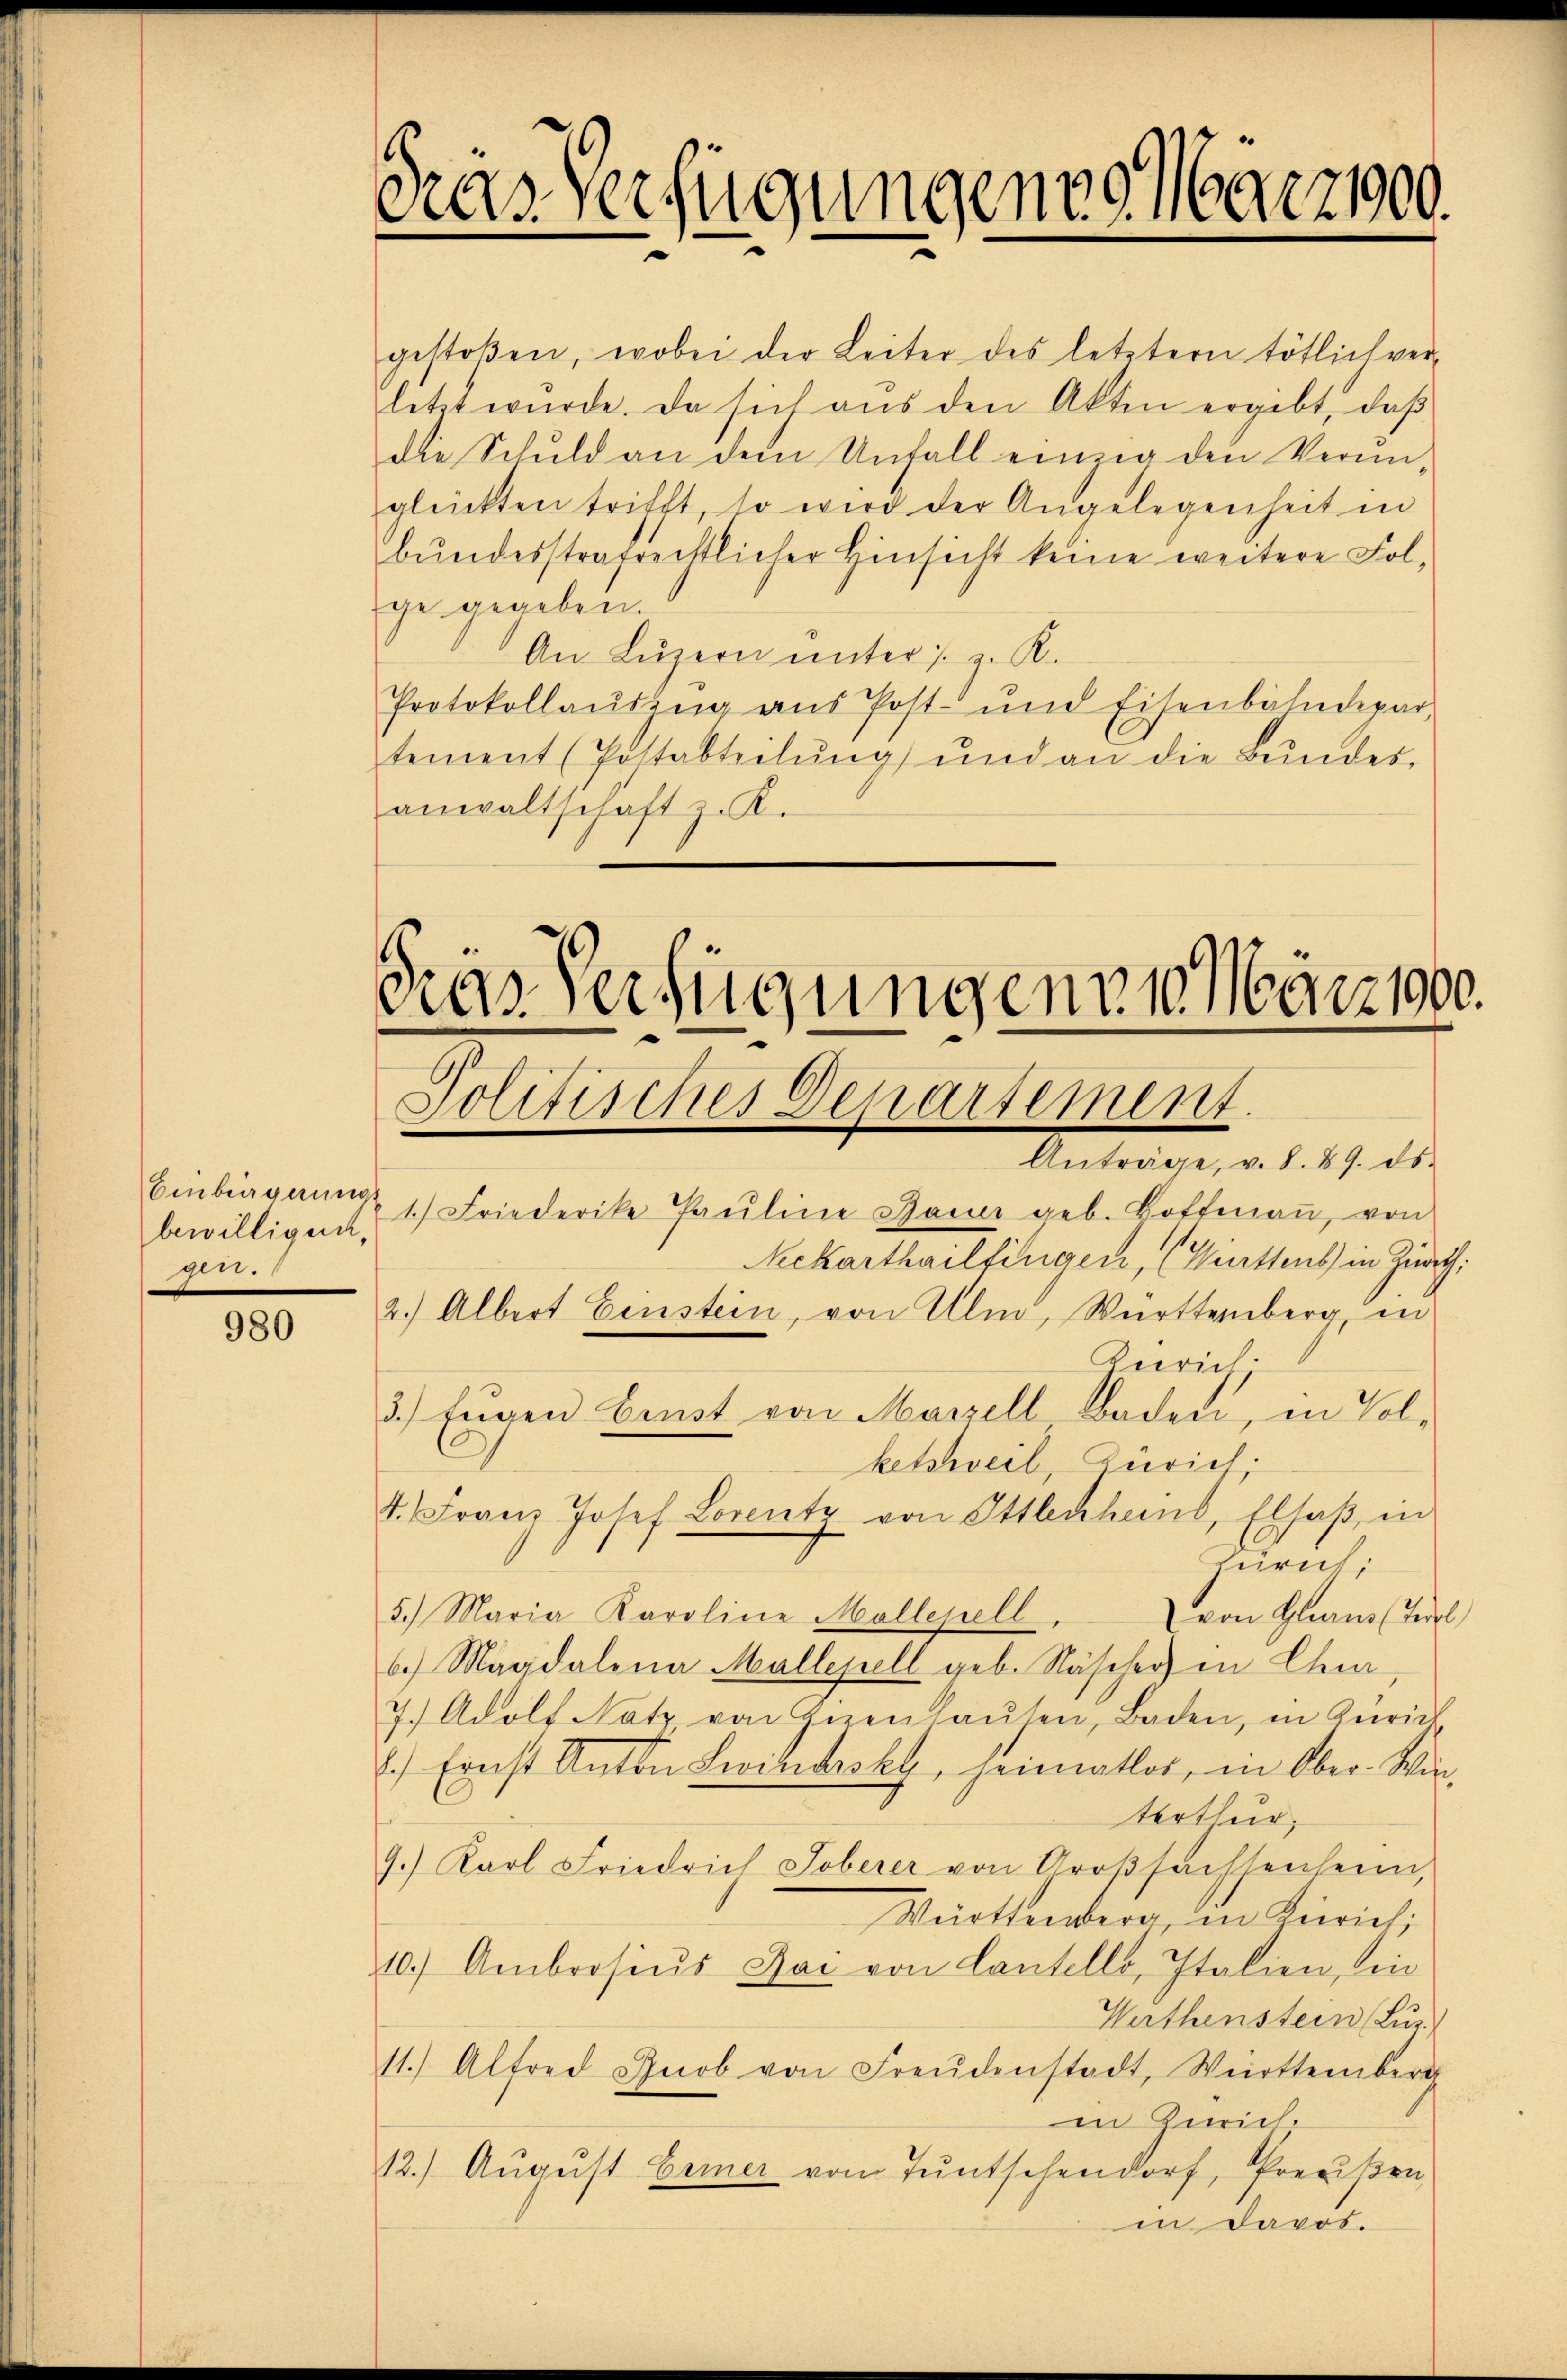
bewilligen,
gin.

980

Das Verfügungen 9. März 1900.

gestoßen, wobei der Leiter des letztern tötlich ver-
letzt wŭrde. Da sich aŭs den Akten ergibt, daβ
die Schuld an dem Unfall einzig den Verŭn-
glückten trifft, so wird der Angelegenheit in
bundesstrafrechtlicher Hinsicht keine weitere Folge gegeben.
An Lŭzern ŭnter s. z. R.
Protokollausung ans Post- und Eisenbahndepar-
tement (Postabteilŭng und an die Bŭndes-
anwaltschaft z. K.

Gras Verfügungenen März 1900.
Politisches Departement.
e

Anträge, v. 8. 89. ds.
Neckarthailfingen, (Mittens in Zürch.
Zürich;
ketsweil, Zürich.
Zürich;
5.) Maria Karoline Möllepell.
von Glarus (Biel
6.) Magdalena Mallepell geb. Näscher in Char
7.) Adolf Notz, von Zerenhaŭsen, Baden, in Zürich
.) Ernst Anton Leistrakt, heimatlos, in Ober-Win-
terthur,
9.) Karl Friedrich Toberer von Groβsachsenheim,
Württemberg in Kierich;
10.) Ambrosiŭs Zai von Cantello, Italien, in
Werthenstein (Luz
11.) Alfred Grob von Freudenstadt, Württemberg
in Zürich.
12.) August Eriner vom Tuntschendorf, Preußen,
in Davos.

Einbiagnung 1.) Friederike Paŭline Dame geb. Hoffmaṅ, von
2.) Albert Einstein, von Ulm, Württemberg, in
3.) Eigen Benst von Marzell Baden, in Vol-

1. Franz Josef Lorentz von Ottbekhans, Elsaß in